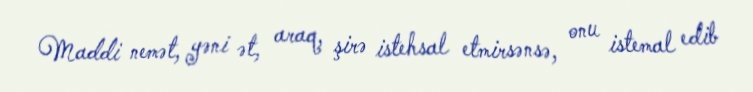
Maddi nemət, yəni ət, araq, şirə istehsal etmirsənsə, onu istemal edib